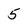
Character: 5